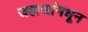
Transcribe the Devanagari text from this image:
जहाजांमधून